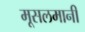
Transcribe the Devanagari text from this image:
मूसलमानी